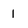
Character: 1